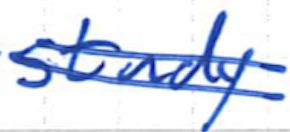
Text: study
Cross-out: double-line
Writing tool: ballpoint